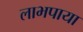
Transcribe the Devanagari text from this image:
लाभपाया